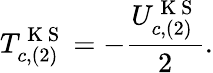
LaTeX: T_{c,(2)}^{\mathrm{~K~S~}}=-\frac{U_{c,(2)}^{\mathrm{~K~S~}}}{2}.